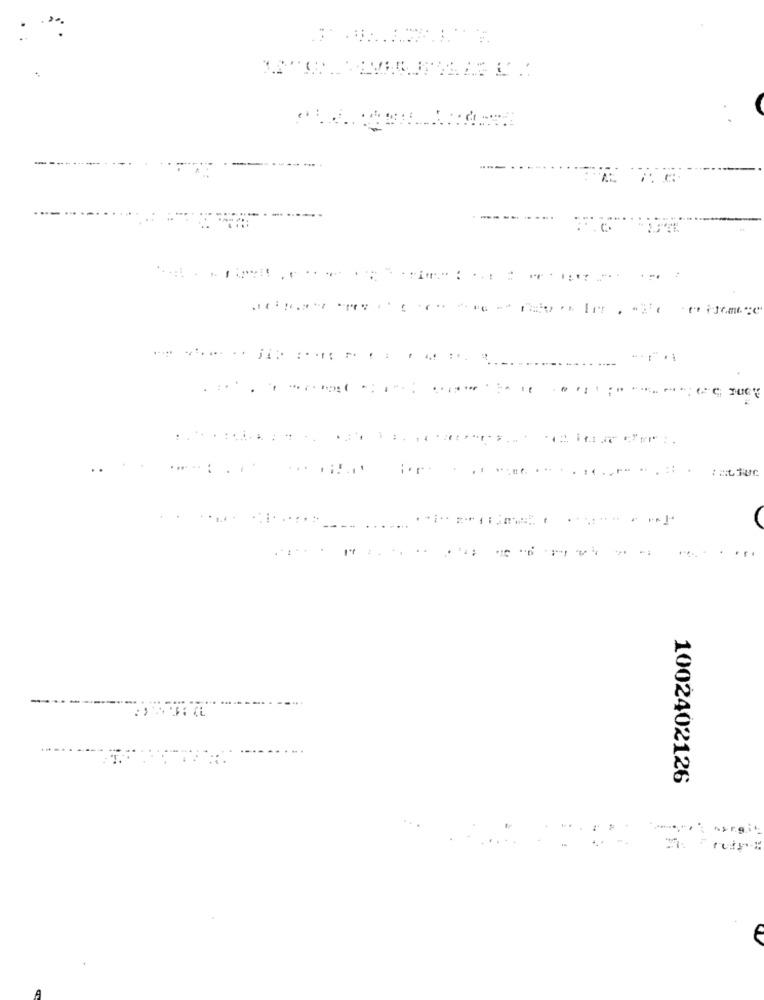
...
----
...
14
1002402126
margit